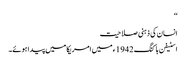
‘‘
انسان کی ذہنی صلاحیت
اسٹیفن ہاکنگ 1942ء میں امریکا میں پیدا ہوئے۔